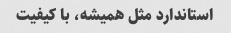
استاندارد مثل همیشه، با کیفیت